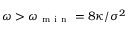
\omega > \omega _ { \mathrm { ~ m ~ i ~ n ~ } } = 8 \kappa / \sigma ^ { 2 }